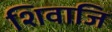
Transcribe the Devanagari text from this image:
शिवाजि